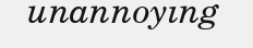
unannoying